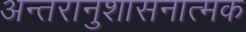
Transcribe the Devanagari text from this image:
अन्तरानुशासनात्मक